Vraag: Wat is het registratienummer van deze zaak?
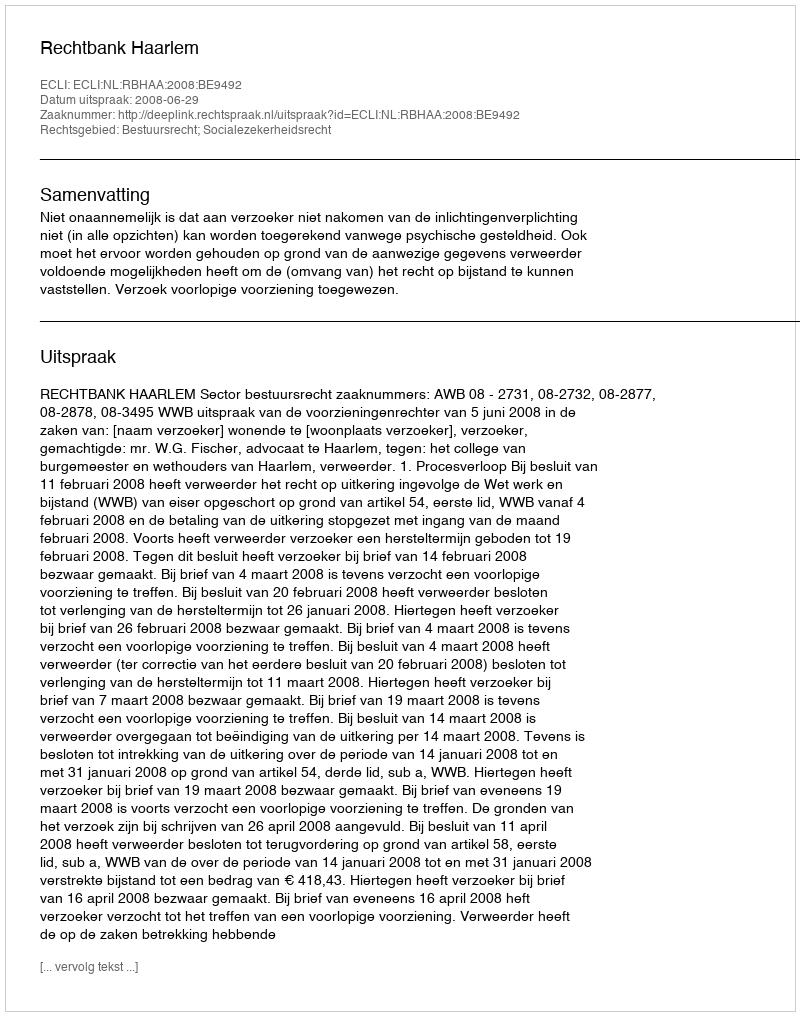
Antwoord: http://deeplink.rechtspraak.nl/uitspraak?id=ECLI:NL:RBHAA:2008:BE9492